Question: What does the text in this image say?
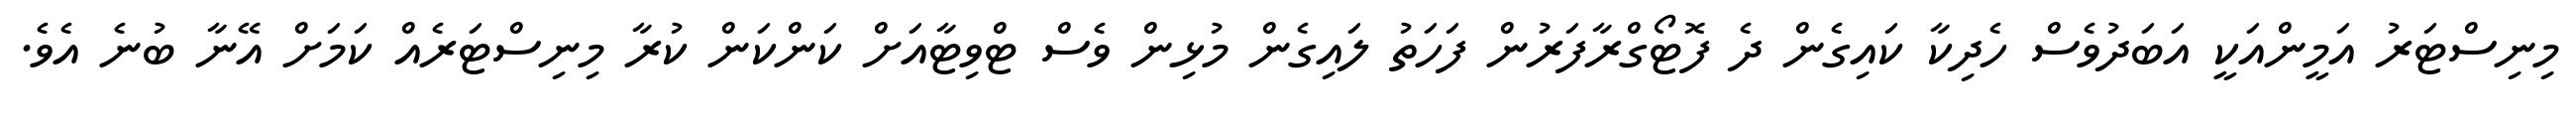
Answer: މިނިސްޓަރު އަމީންއަކީ އަބަދުވެސް ހެދިކާ ކައިގެން ދެ ފޮޓޯގްރާފަރުން ފަހަތު ލައިގެން މުޅިން ވެސް ޓްވިޓާއަށް ކަންކަން ކުރާ މިނިސްޓަރެއް ކަމަށް އޭނާ ބުނެ އެވެ.